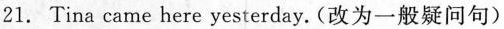
21. Tina came here yesterday.(改为一般疑问句)